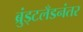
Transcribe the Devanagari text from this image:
ब्रुंड्टलँडनंतर